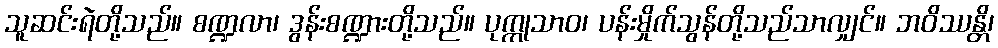
သူဆင်းရဲတို့သည်။ စဏ္ဍလာ၊ ဒွန်းစဏ္ဍားတို့သည်။ ပုက္ကုသာဝ၊ ပန်းမှိုက်သွန်တို့သည်သာလျှင်။ ဘဝိဿန္တိ၊